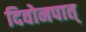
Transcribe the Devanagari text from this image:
दिवोनपात्